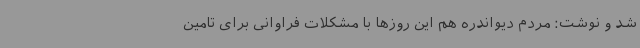
شد و نوشت: مردم دیواندره هم این روزها با مشکلات فراوانی برای تامین